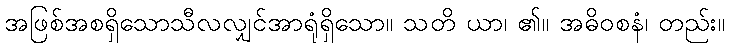
အဖြစ်အစရှိသောသီလလျှင်အာရုံရှိသော။ သတိ ယာ၊ ၏။ အဓိဝစနံ၊ တည်း။